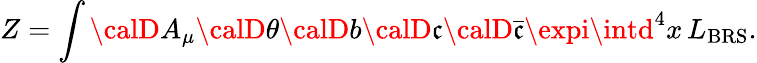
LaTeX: Z=\int{\calD}A_{\mu}{\calD}\theta{\calD}b{\calD}\mathfrak{c}{\calD}\bar{{\mathfrak{c}}}\expi\intd^{4}x\, L_{\mathrm{{BRS}}}.